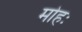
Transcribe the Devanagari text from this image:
मोहः